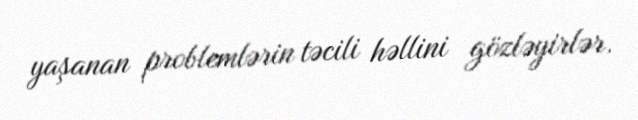
yaşanan problemlərin təcili həllini gözləyirlər.